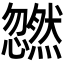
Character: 𫻜